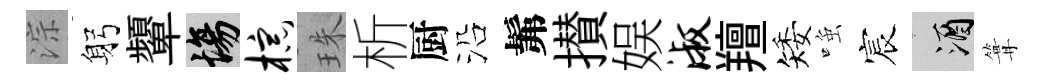
淙躬顰場棕珠析厨沿髴攅娱淑羶矮𫪻宸酒篝